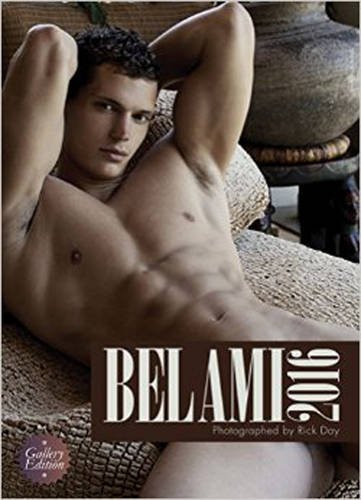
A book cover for Bel Ami - Gallery Edition Calendar; Calendars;